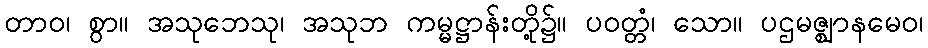
တာဝ၊ စွာ။ အသုဘေသု၊ အသုဘ ကမ္မဋ္ဌာန်းတို့၌။ ပဝတ္တံ၊ သော။ ပဌမဇ္ဈာနမေဝ၊